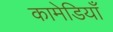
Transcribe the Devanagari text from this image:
कामेडियाँ